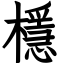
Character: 檼